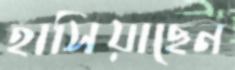
হাসিয়াছেন